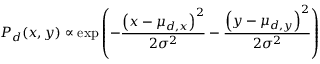
P _ { d } ( x , y ) \propto \mathrm { e x p } \left( - \frac { \left( x - \mu _ { d , x } \right) ^ { 2 } } { 2 \sigma ^ { 2 } } - \frac { \left( y - \mu _ { d , y } \right) ^ { 2 } } { 2 \sigma ^ { 2 } } \right)